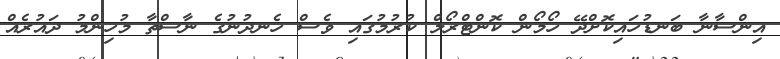
އިންސާނާ ބަނޑުހައިކޮށްދޭ ހޯމޯން ކޮންޓްރޯލް ކުރުމުގައި ވެސް ހެނދުނުގެ ނާސްތާ މުހިންމު ދައުރެއް